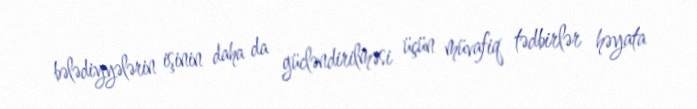
bələdiyyələrin işinin daha da gücləndirilməsi üçün müvafiq tədbirlər həyata